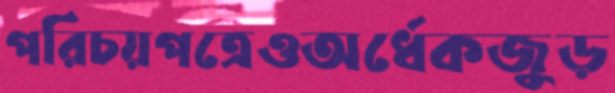
পরিচয়পত্রেওঅর্ধেকজুড়